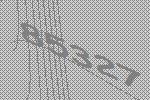
85327